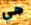
هي